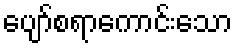
ပျော်စရာကောင်းသော